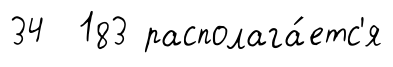
34 183 располага́етс'я